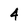
Character: 4